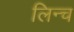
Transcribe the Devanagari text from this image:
लिन्च